Vaccine operations Central Provinces & Berar 1922-1929 - 1922-1929
Year: 1922
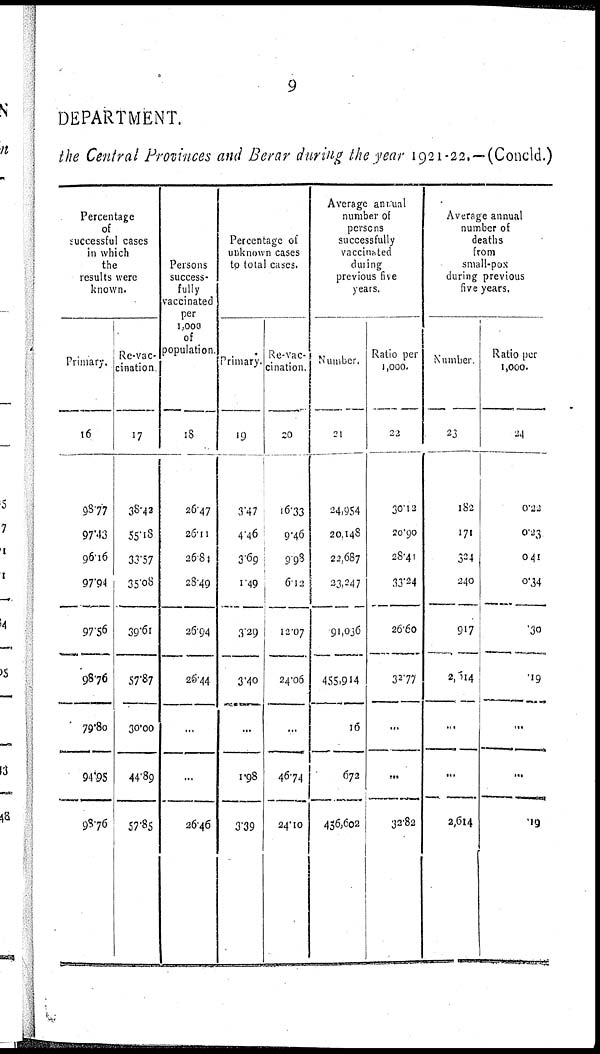
9
DEPARTMENT.
the Central Provinces and Berar during the year 1921-22.—(Concld.)
Percentage
of
successful cases
in which
the
results were
known.
Primary.
16
98.77
97.43
96.16
97.94
97.56
98.76
79.80
94.05
98.76
Re-vac-
cination
17
38.42
55.18
33.57
35.08
39.61
57.87
30.00
44.89
57.85
Persons
success-
fully
vaccinated
per
1,000
of
population
18
26.47
26.11
26.81
28.49
26.94
26.44
...
...
26.46
Percentage of
unknown cases
to total cases.
Primary.
19
3.47
4.46
3.69
1.49
3.29
3.40
...
1.98
3.39
Re-vac-
cination.
20
16.33
9.46
9.98
6.12
12.07
24.06
...
46.74
24.10
Average annual
number of
persons
successfully
vaccinated
during
previous five
years.
Number.
21
24,954
20,148
22,687
23,247
91,036
455,914
16
672
436,602
Ratio per
1,000.
22
30.12
20.90
28.41
33.24
26.60
32.77
...
...
32.82
Average annual
number of
deaths
from
small-pox
during previous
five years.
Number.
23
182
171
324
240
917
2,514
...
...
2,614
Ratio per
1,000.
24
0.22
0.23
0.41
0.34
.30
.19
...
...
.19